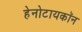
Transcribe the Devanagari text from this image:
हेनोटायकॉन